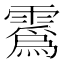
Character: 𫕯